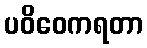
ပဝိဝေကရတာ